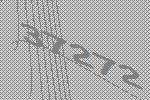
37272